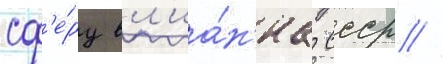
сф'е́ру вл'иа́н'иа ссср //